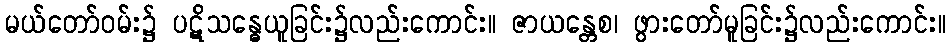
မယ်တော်ဝမ်း၌ ပဋိသန္ဓေယူခြင်း၌လည်းကောင်း။ ဇာယန္တေစ၊ ဖွားတော်မူခြင်း၌လည်းကောင်း။